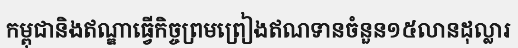
កម្ពុជានិងឥណ្ឌាធ្វើកិច្ចព្រមព្រៀងឥណទានចំនួន១៥លានដុល្លារ